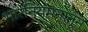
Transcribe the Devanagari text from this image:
भारनियमनातून